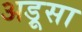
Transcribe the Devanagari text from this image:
अड़ूसा